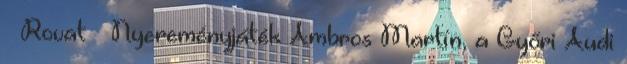
Rovat ▼ Nyereményjáték Ambros Martín, a Győri Audi